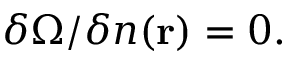
\delta \Omega / \delta n ( \mathbf { r } ) = 0 .